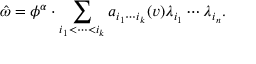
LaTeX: \hat { \omega } = \phi ^ { \alpha } \cdot \sum _ { i _ { 1 } < \cdots < i _ { k } } a _ { i _ { 1 } \cdots i _ { k } } ( v ) \lambda _ { i _ { 1 } } \cdots \lambda _ { i _ { n } } .